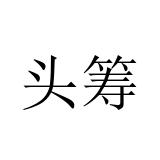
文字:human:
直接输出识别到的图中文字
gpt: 头筹